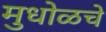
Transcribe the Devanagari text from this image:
मुधोळचे